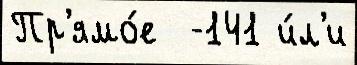
Пр'ямо́е  -141 и́л'и